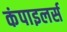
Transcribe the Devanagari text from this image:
कंपाइलर्स